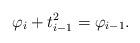
LaTeX: \begin{align*}\varphi_i+ t_{i-1}^2=\varphi_{i-1}.\end{align*}